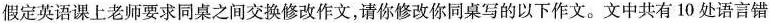
假定英语课上老师要求同桌之间交换修改作文,请你修改你同桌写的以下作文。文中共有 10 处语言错